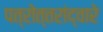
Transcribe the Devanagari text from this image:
पत्रोत्तरांद्वारे